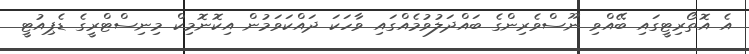
އެ އޮތޯރިޓީގައި ބޭއްވި ނޫސްވެރިންގެ ބައްދަލުވުމެއްގައި ވާހަކަ ދައްކަވަމުން އިކޮނޮމިކް މިނިސްޓްރީގެ ޑެޕިއުޓީ